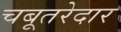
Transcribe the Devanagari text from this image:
चबूतरेदार